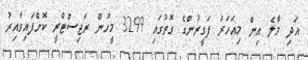
އަދި މާލެ އިން މިއަހަރު ފަގީރުންގެ ގޮތުގައި 3299 މީހުން ރަޖިސްޓްރީ ކޮށްފައިވާއިރު